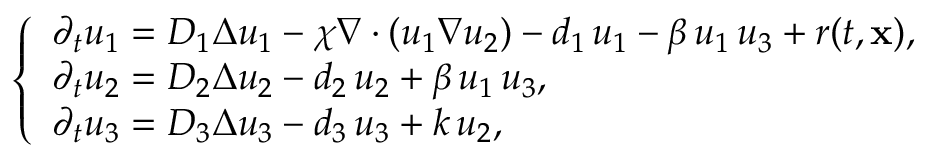
\left\{ \begin{array} { l l } { \displaystyle \partial _ { t } u _ { 1 } = D _ { 1 } \Delta u _ { 1 } - \chi \nabla \cdot ( u _ { 1 } \nabla u _ { 2 } ) - d _ { 1 } \, u _ { 1 } - \beta \, u _ { 1 } \, u _ { 3 } + r ( t , { \bf x } ) , } \\ { \displaystyle \partial _ { t } u _ { 2 } = D _ { 2 } \Delta u _ { 2 } - d _ { 2 } \, u _ { 2 } + \beta \, u _ { 1 } \, u _ { 3 } , } \\ { \displaystyle \partial _ { t } u _ { 3 } = D _ { 3 } \Delta u _ { 3 } - d _ { 3 } \, u _ { 3 } + k \, u _ { 2 } , } \end{array} \right.